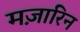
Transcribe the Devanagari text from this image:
मज़ारिन